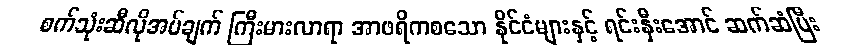
စက်သုံးဆီလိုအပ်ချက် ကြီးမားလာရာ အာဖရိကစသော နိုင်ငံများနှင့် ရင်းနှီးအောင် ဆက်ဆံပြီး